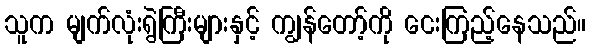
သူက မျက်လုံးရွဲကြီးများနှင့် ကျွန်တော့်ကို ငေးကြည့်နေသည်။